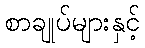
စာချုပ်များနှင့်